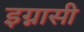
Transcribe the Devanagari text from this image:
इग्नासी